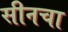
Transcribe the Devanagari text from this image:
सीनचा